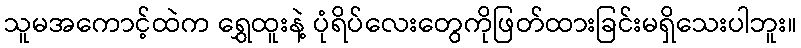
သူမအကောင့်ထဲက ရွှေထူးနဲ့ ပုံရိပ်လေးတွေကိုဖြတ်ထားခြင်းမရှိသေးပါဘူး။